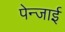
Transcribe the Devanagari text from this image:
पेन्जाई